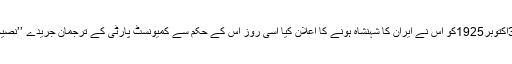
رضا خاں کی کمیونسٹ دشمنی کا اندازہ اس ایک واقعہ سے لگانا کافی ہے کہ جب 31اکتوبر1925کو اس نے ایران کا شہنشاہ ہونے کا اعلان کیا اسی روز اس کے حکم سے کمیونسٹ پارٹی کے ترجمان جریدے ’’نصیحت‘‘ کے مدیر کامریڈ مرزایحییٰ ویاز کیوانی کو برسر عام گولیوں کا نشانہ بنایا گیا ۔